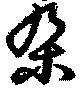
朶